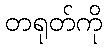
တရုတ်ကို